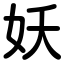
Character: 妖